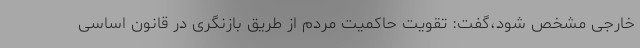
خارجی مشخص شود،گفت: تقویت حاکمیت مردم از طریق بازنگری در قانون اساسی